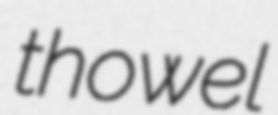
thowel